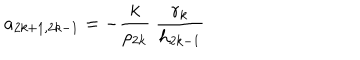
a _ { 2 k + 1 , 2 k - 1 } = - \frac { k } { \rho _ { 2 k } } \ \frac { r _ { k } } { h _ { 2 k - 1 } }